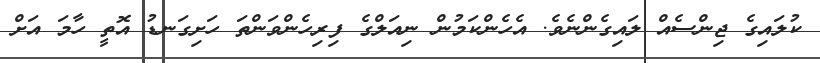
ކުލައިގެ ޖިންސެއް ލައިގެންނެވެ. އެހެންކަމުން ނިއަލްގެ ފިރިހެންވަންތަ ހަށިގަނޑު އޮތީ ހާމަ އަށް